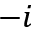
- i